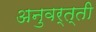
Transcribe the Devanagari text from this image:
अनुवर्त्ती